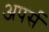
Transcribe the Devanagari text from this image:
अपर्स